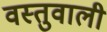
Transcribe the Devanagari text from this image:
वस्तुवाली